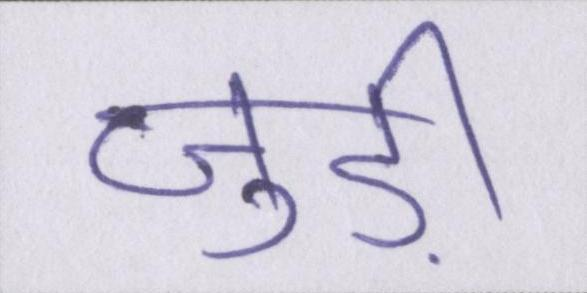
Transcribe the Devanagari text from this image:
जुड़ी